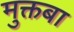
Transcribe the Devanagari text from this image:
मुक्तबा